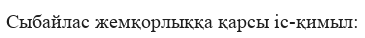
Сыбайлас жемқорлыққа қарсы іс-қимыл: